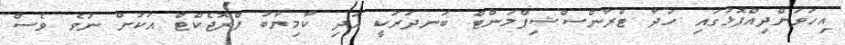
އިހަވަންދިއްޕޮޅުގައި ހަދާ ޓްރާންސްޝިޕްމަންޓް ބަނދަރަކީ އަދި ކާމިޔާބު ޕްރޮޖެކްޓް އަކަށް ނުވެ ވެސް